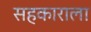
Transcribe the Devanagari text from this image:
सहकाराला